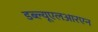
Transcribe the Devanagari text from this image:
डब्ल्यूएलआरएन